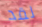
لقد